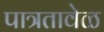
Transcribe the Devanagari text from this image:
पात्रतावेळ